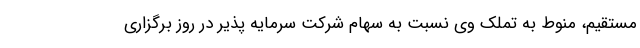
مستقیم، منوط به تملک وی نسبت به سهام شرکت سرمایه پذیر در روز برگزاری